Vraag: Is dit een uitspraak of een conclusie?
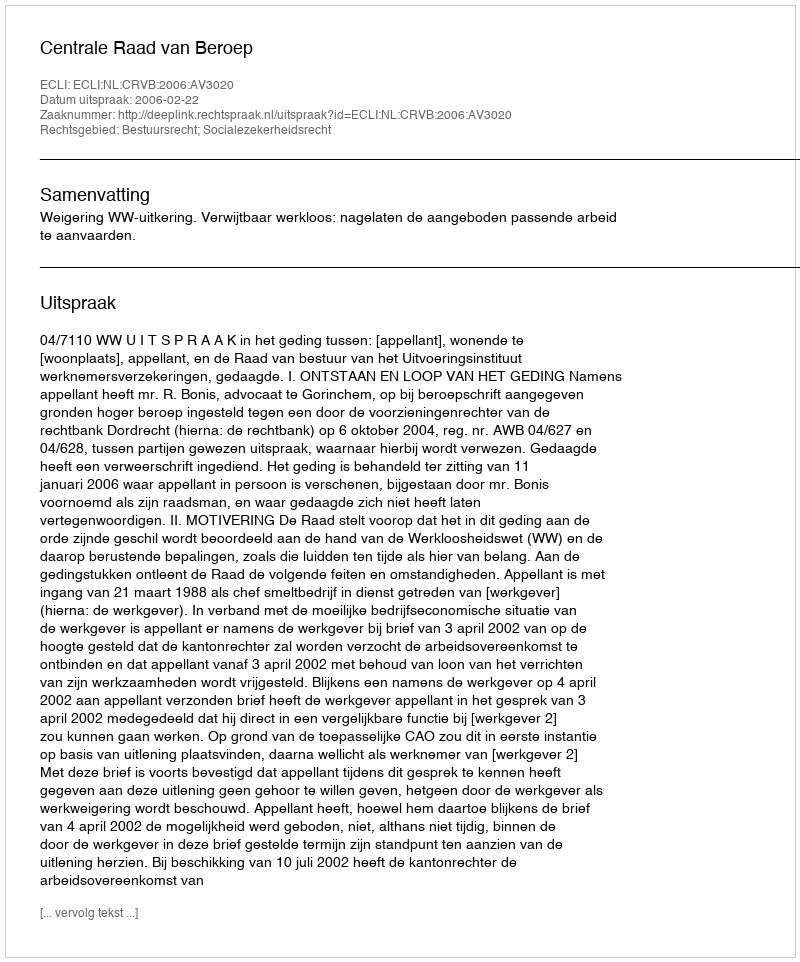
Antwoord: Uitspraak